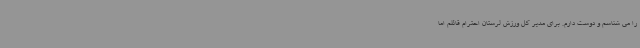
را می شناسم و دوست دارم. برای مدیر کل ورزش لرستان احترام قائلم اما